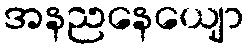
အနညနေယျော